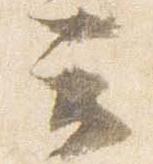
云